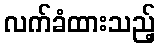
လက်ခံထားသည့်